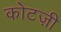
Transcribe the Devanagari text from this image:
कोटज़ी